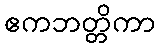
ဧကဘတ္တိကာ